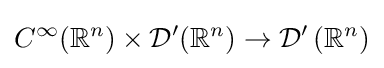
C^{\infty }(\mathbb {R} ^{n})\times {\mathcal {D}}'(\mathbb {R} ^{n})\to {\mathcal {D}}'\left(\mathbb {R} ^{n}\right)